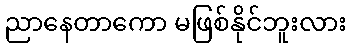
ညာနေတာကော မဖြစ်နိုင်ဘူးလား